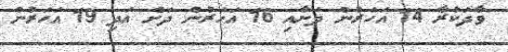
ވާދަކުރާ 14 އަހަރުން ދަށާއި 16 އަހަރުން ދަށް އަދި 19 އަހަރުން